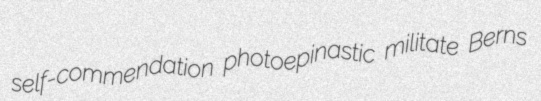
self-commendation photoepinastic militate Berns